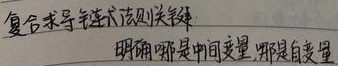
复合求导链式法则关键明确哪些是中间变量，哪些是自变量